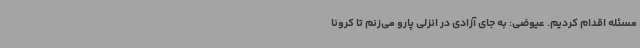
مسئله اقدام کردیم. عیوضی: به جای آزادی در انزلی پارو می‌زنم تا کرونا